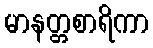
မာနတ္တစာရိကာ